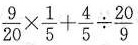
$$\frac{9}{20} \times \frac{1}{5}+ \frac{4}{5} \div \frac{20}{9}$$